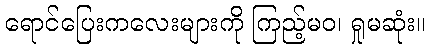
ရောင်ပြေးကလေးများကို ကြည့်မဝ၊ ရှုမဆုံး။